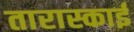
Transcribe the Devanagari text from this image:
तारास्काई